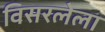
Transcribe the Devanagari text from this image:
विसरलेला